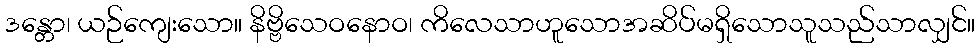
ဒန္တော၊ ယဉ်ကျေးသော။ နိဗ္ဗိသေဝနောဝ၊ ကိလေသာဟူသောအဆိပ်မရှိသောသူသည်သာလျှင်။